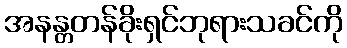
အနန္တတန်ခိုးရှင်ဘုရားသခင်ကို